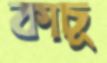
কাচূ